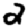
Digit: 2